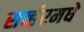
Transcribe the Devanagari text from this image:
सर्व्हरमधे